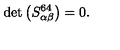
\det \left( S _ { \alpha \beta } ^ { 6 4 } \right) = 0 .